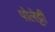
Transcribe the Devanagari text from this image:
पोलेट्टी